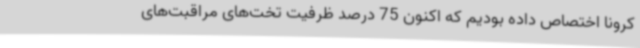
کرونا اختصاص داده بودیم که اکنون 75 درصد ظرفیت تخت‌های مراقبت‌های